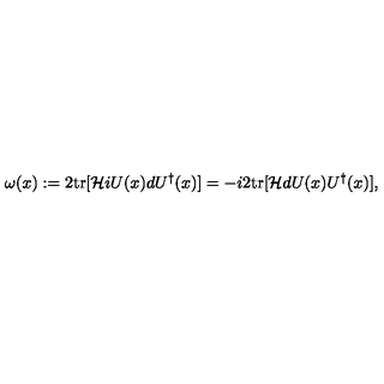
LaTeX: \omega ( x ) : = 2 \mathrm { t r } [ { \cal H } i U ( x ) d U ^ { \dagger } ( x ) ] = - i 2 \mathrm { t r } [ { \cal H } d U ( x ) U ^ { \dagger } ( x ) ] ,